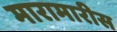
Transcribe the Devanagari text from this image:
मारामारीस